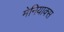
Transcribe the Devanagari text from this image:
मेनियाक्स